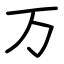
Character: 万